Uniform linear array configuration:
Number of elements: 4
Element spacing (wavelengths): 0.5
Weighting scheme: uniform
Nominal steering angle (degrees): -30
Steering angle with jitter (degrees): -31.204
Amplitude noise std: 0.05
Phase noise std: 0.05

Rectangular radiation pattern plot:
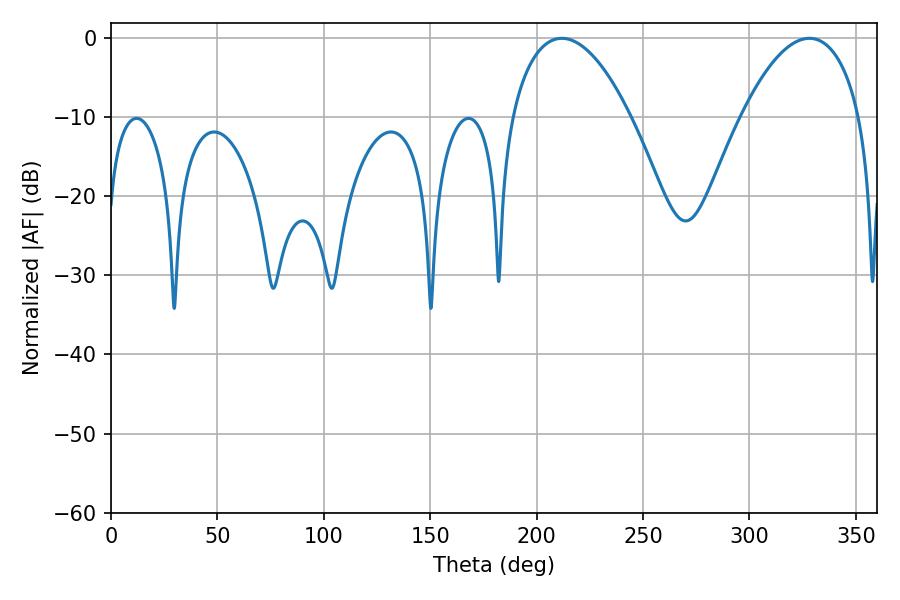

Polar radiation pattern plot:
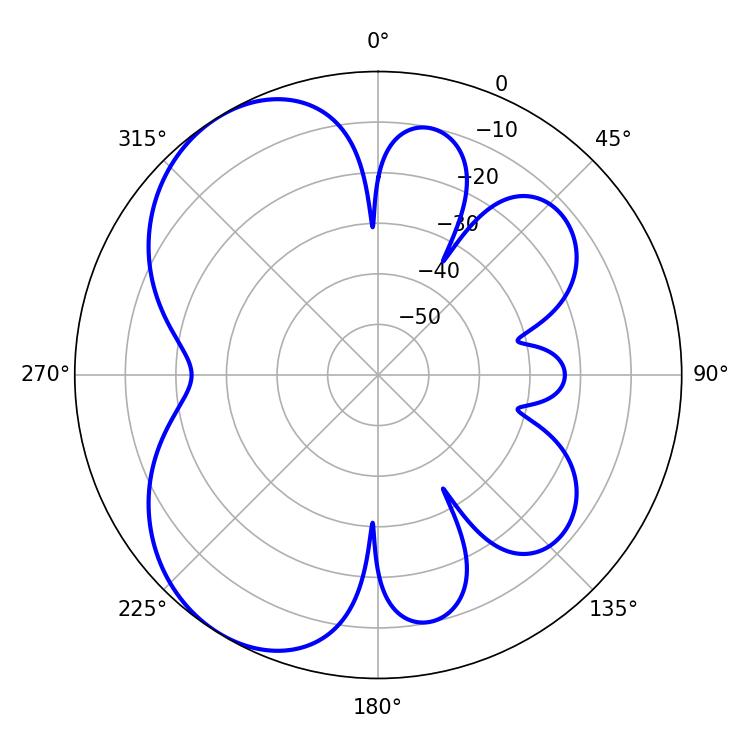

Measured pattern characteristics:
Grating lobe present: FALSE
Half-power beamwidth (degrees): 31.32
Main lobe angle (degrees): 211.86